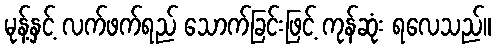
မုန့်နှင့် လက်ဖက်ရည် သောက်ခြင်းဖြင့် ကုန်ဆုံး ရလေသည်။